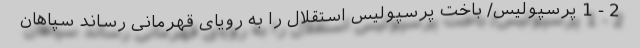
2 - 1 پرسپولیس/ باخت پرسپولیس استقلال را به رویای قهرمانی رساند سپاهان